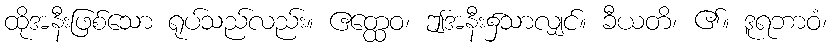
ထိုအနီးဖြစ်သော ရုပ်သည်လည်း။ ဧတ္ထေဝ၊ ဤအနီး၌သာလျှင်။ ခီယတိ၊ ၏။ ဒူရဘာဝံ၊